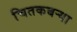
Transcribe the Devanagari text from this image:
चितकबऱ्या